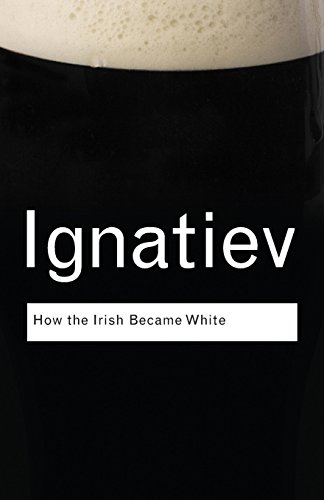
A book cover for How the Irish Became White (Routledge Classics); Noel Ignatiev; History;